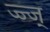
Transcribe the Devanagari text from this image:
ज्ज्ज्